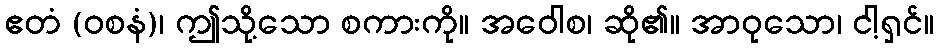
ဧတံ (ဝစနံ)၊ ဤသို့သော စကားကို။ အဝေါစ၊ ဆို၏။ အာဝုသော၊ ငါ့ရှင်။